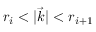
r _ { i } < | \vec { k } | < r _ { i + 1 }